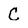
Character: C